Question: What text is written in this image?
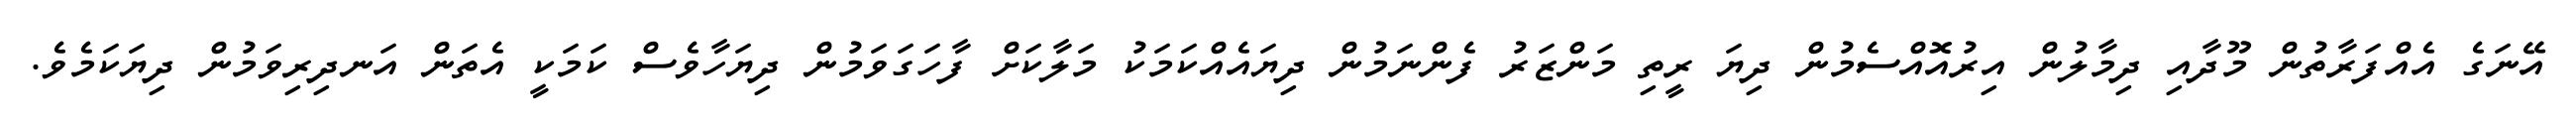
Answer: އޭނަގެ އެއްފަރާތުން މޫދާއި ދިމާލުން އިރުއޮއްސެމުން ދިޔަ ރީތި މަންޒަރު ފެންނަމުން ދިޔައެއްކަމަކު މަލާކަށް ފާހަގަވަމުން ދިޔަހާވެސް ކަމަކީ އެތަން އަނދިރިވަމުން ދިޔަކަމެވެ.